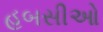
હબસીઓ